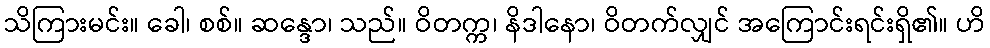
သိကြားမင်း။ ခေါ၊ စစ်။ ဆန္ဒော၊ သည်။ ဝိတက္က၊ နိဒါနော၊ ဝိတက်လျှင် အကြောင်းရင်းရှိ၏။ ဟိ